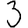
Digit: 3